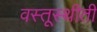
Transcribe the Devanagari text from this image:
वस्तूस्थीती